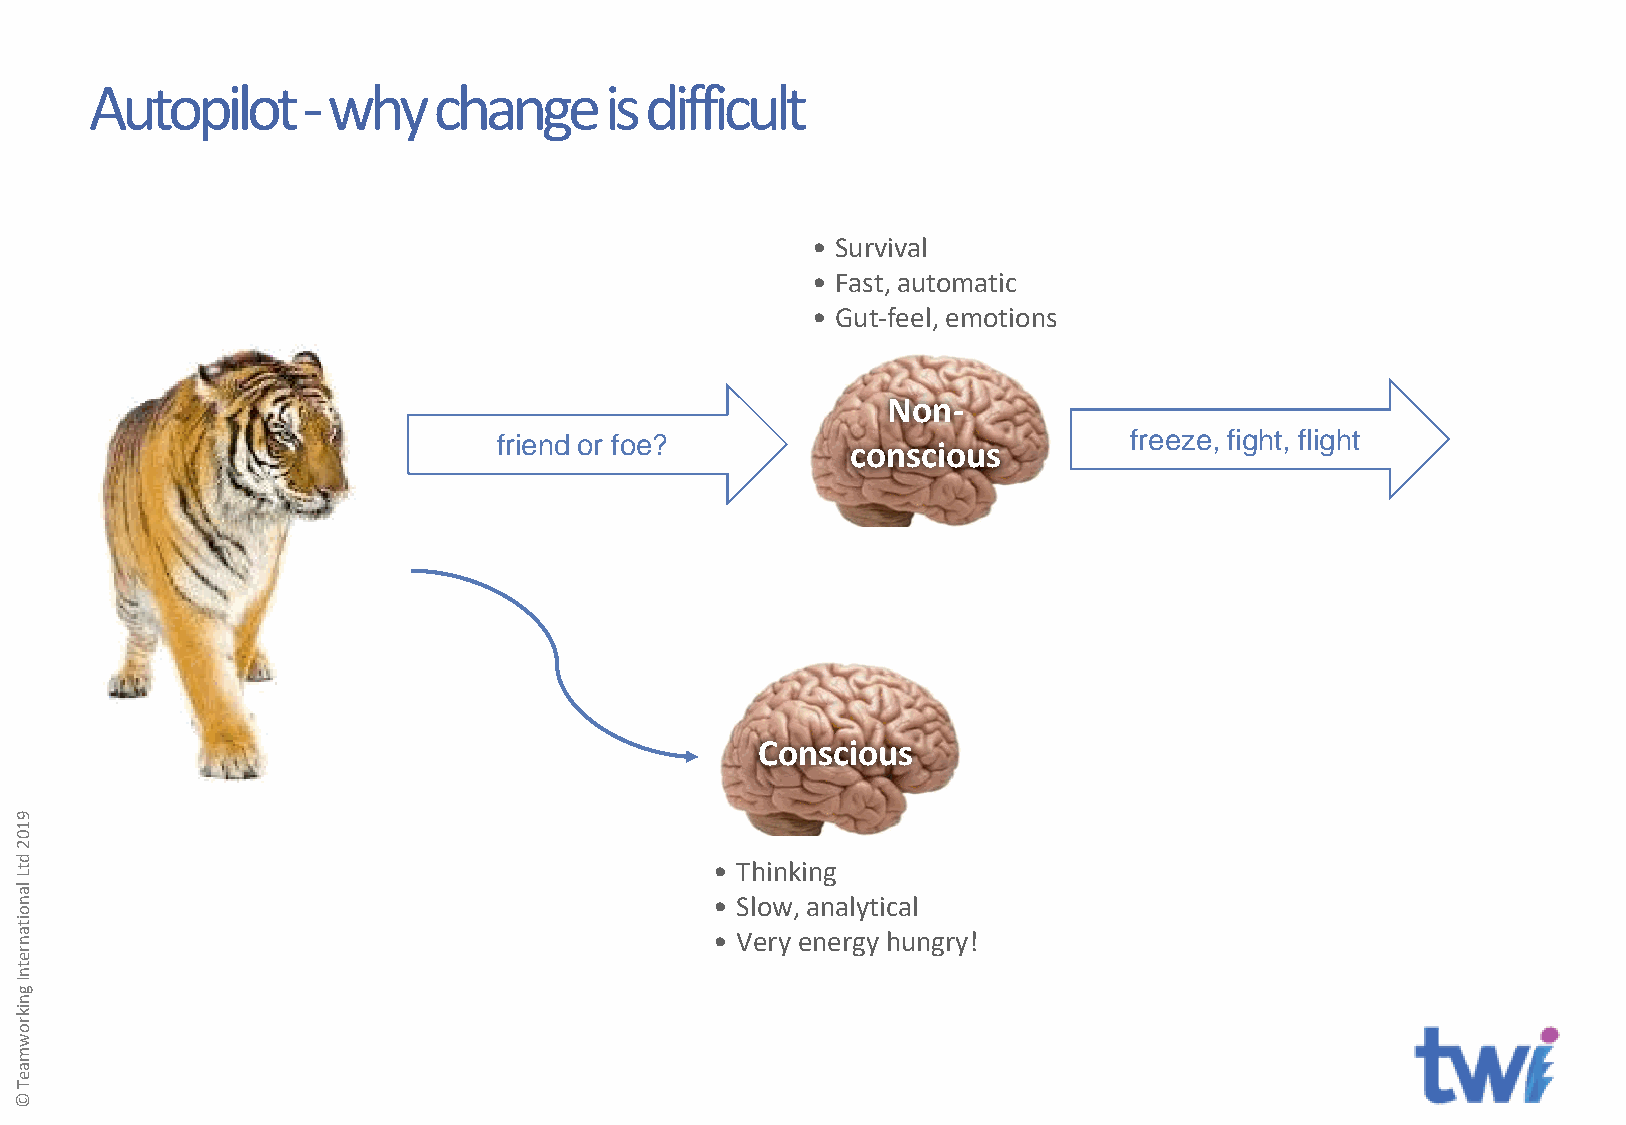
Autopilot     - why    change     is difficult
 • Survival
 • Fast, automatic
 • Gut-feel, emotions
 Non-
 Emotional
 friend or foe?                            freeze, fight, flight
 conscious
 Brain
 Conscious
 9
 1
 0
 2
 d
 t                                             • Thinking
 L
 la
 n                                             • Slow, analytical
 o
 it
 a n                                           • Very energy hungry!
 r
 e
 tn
 gI
 n
 ik
 r
 o
 w
 m
 a
 e
 T
 ©